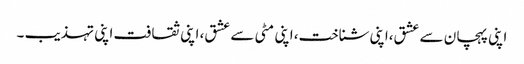
اپنی پہچان سے عشق،اپنی شناخت، اپنی مٹی سے عشق، اپنی ثقافت اپنی تہذیب ۔